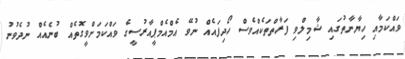
ވައްކަމާއި ހިޔާނާތުގައި ޝާމިލްވި ފަރާތްތަކެއްވެސް ހޯދިފައެއް ނުވޭ އެމްއެމްޕީއާރުސީގެ ވައްކަމަށްވީގޮތެއް ބުނެއެއް ނުދެވުނު